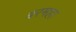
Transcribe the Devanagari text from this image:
बरमहा